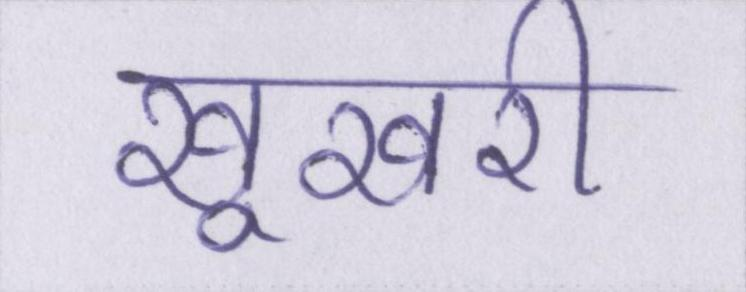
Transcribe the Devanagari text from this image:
खूखरी